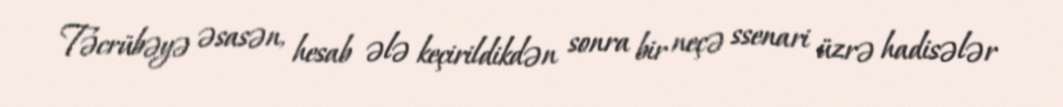
Təcrübəyə əsasən, hesab ələ keçirildikdən sonra bir neçə ssenari üzrə hadisələr